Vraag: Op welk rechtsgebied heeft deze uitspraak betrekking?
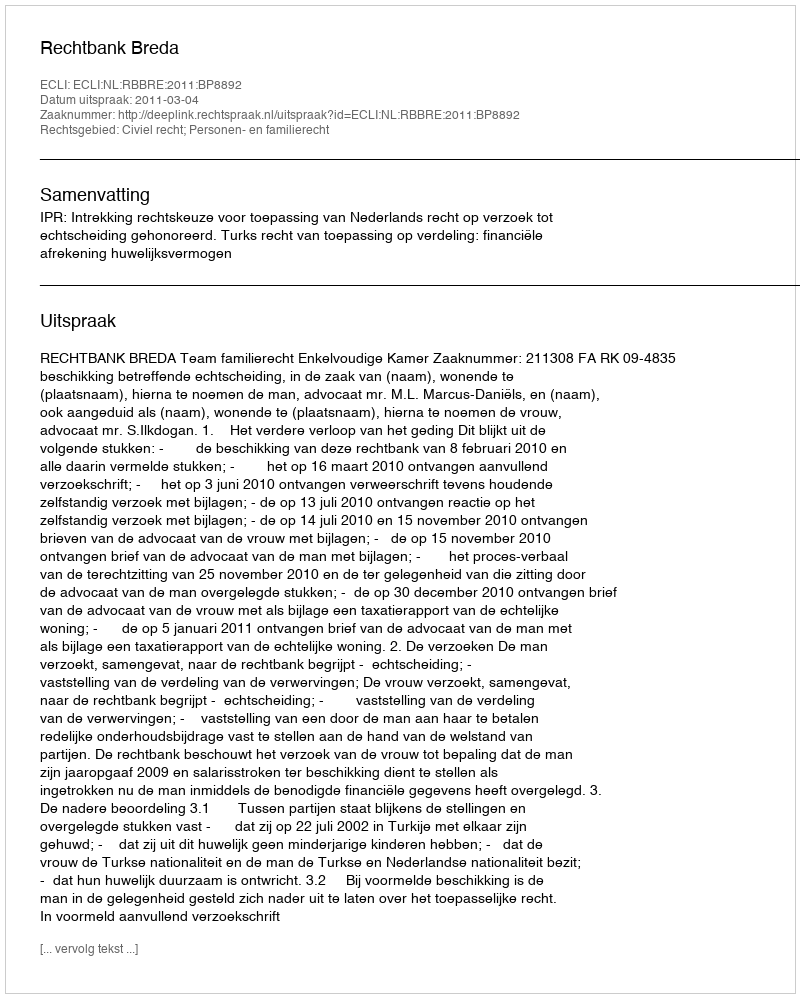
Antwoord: Civiel recht; Personen- en familierecht